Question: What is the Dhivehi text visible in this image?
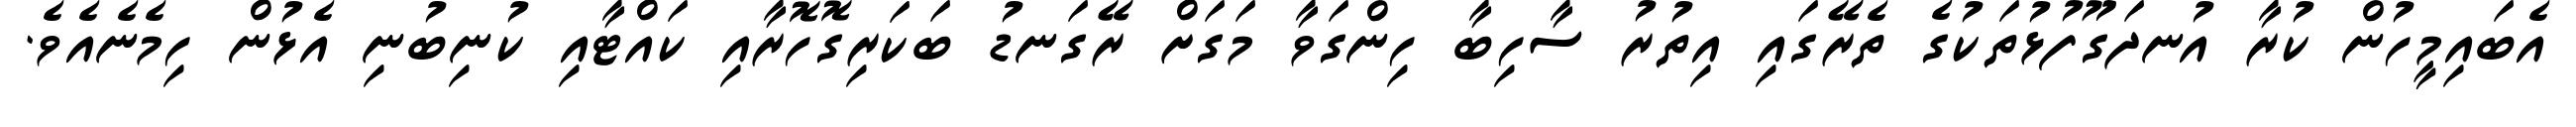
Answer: އެބައިމީހުން ކުރާ އުނދަގޫފުޅުތަކުގެ ތެރޭގައި އިތުރު ސާހިބާ ހިންގަވާ މަގަށް ރޭގަނޑު ބަކަރިގޮހޮރާއި ކައްޓާއި ކުނިބުނި އެޅުން ހިމެނެއެވެ.